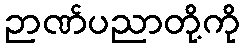
ဉာဏ်ပညာတို့ကို